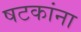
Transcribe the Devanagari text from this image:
षटकांना